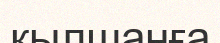
қылшанға